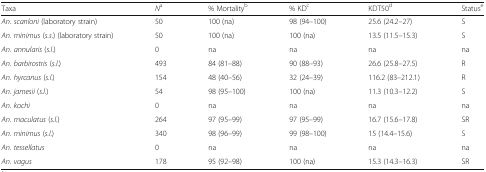
<table><thead><tr><td><b>Taxa</b></td><td><b><i>N</i><sup>a</sup></b></td><td><b>% Mortality<sup>b</sup></b></td><td><b>% KD<sup>c</sup></b></td><td><b>KDT50<sup>d</sup></b></td><td><b>Status<sup>e</sup></b></td></tr></thead><tbody><tr><td><i>An. scanloni</i> (laboratory strain)</td><td>50</td><td>100 (na)</td><td>98 (94–100)</td><td>25.6 (24.2–27)</td><td>S</td></tr><tr><td><i>An. minimus</i> (<i>s.s</i>.) (laboratory strain)</td><td>50</td><td>100 (na)</td><td>100 (na)</td><td>13.5 (11.5–15.3)</td><td>S</td></tr><tr><td><i>An. annularis</i> (<i>s.l</i>.)</td><td>0</td><td>na</td><td>na</td><td>na</td><td>na</td></tr><tr><td><i>An. barbirostris</i> (<i>s.l</i>.)</td><td>493</td><td>84 (81–88)</td><td>90 (88–93)</td><td>26.6 (25.8–27.5)</td><td>R</td></tr><tr><td><i>An. hyrcanus</i> (<i>s.l</i>.)</td><td>154</td><td>48 (40–56)</td><td>32 (24–39)</td><td>116.2 (83–212.1)</td><td>R</td></tr><tr><td><i>An. jamesii</i> (<i>s.l</i>.)</td><td>54</td><td>98 (95–100)</td><td>100 (na)</td><td>11.3 (10.3–12.2)</td><td>S</td></tr><tr><td><i>An. kochi</i></td><td>0</td><td>na</td><td>na</td><td>na</td><td>na</td></tr><tr><td><i>An. maculatus</i> (<i>s.l</i>.)</td><td>264</td><td>97 (95–99)</td><td>97 (95–99)</td><td>16.7 (15.6–17.8)</td><td>SR</td></tr><tr><td><i>An. minimus</i> (<i>s.l</i>.)</td><td>340</td><td>98 (96–99)</td><td>99 (98–100)</td><td>15 (14.4–15.6)</td><td>S</td></tr><tr><td><i>An. tessellatus</i></td><td>0</td><td>na</td><td>na</td><td>na</td><td>na</td></tr><tr><td><i>An. vagus</i></td><td>178</td><td>95 (92–98)</td><td>100 (na)</td><td>15.3 (14.3–16.3)</td><td>SR</td></tr></tbody></table>